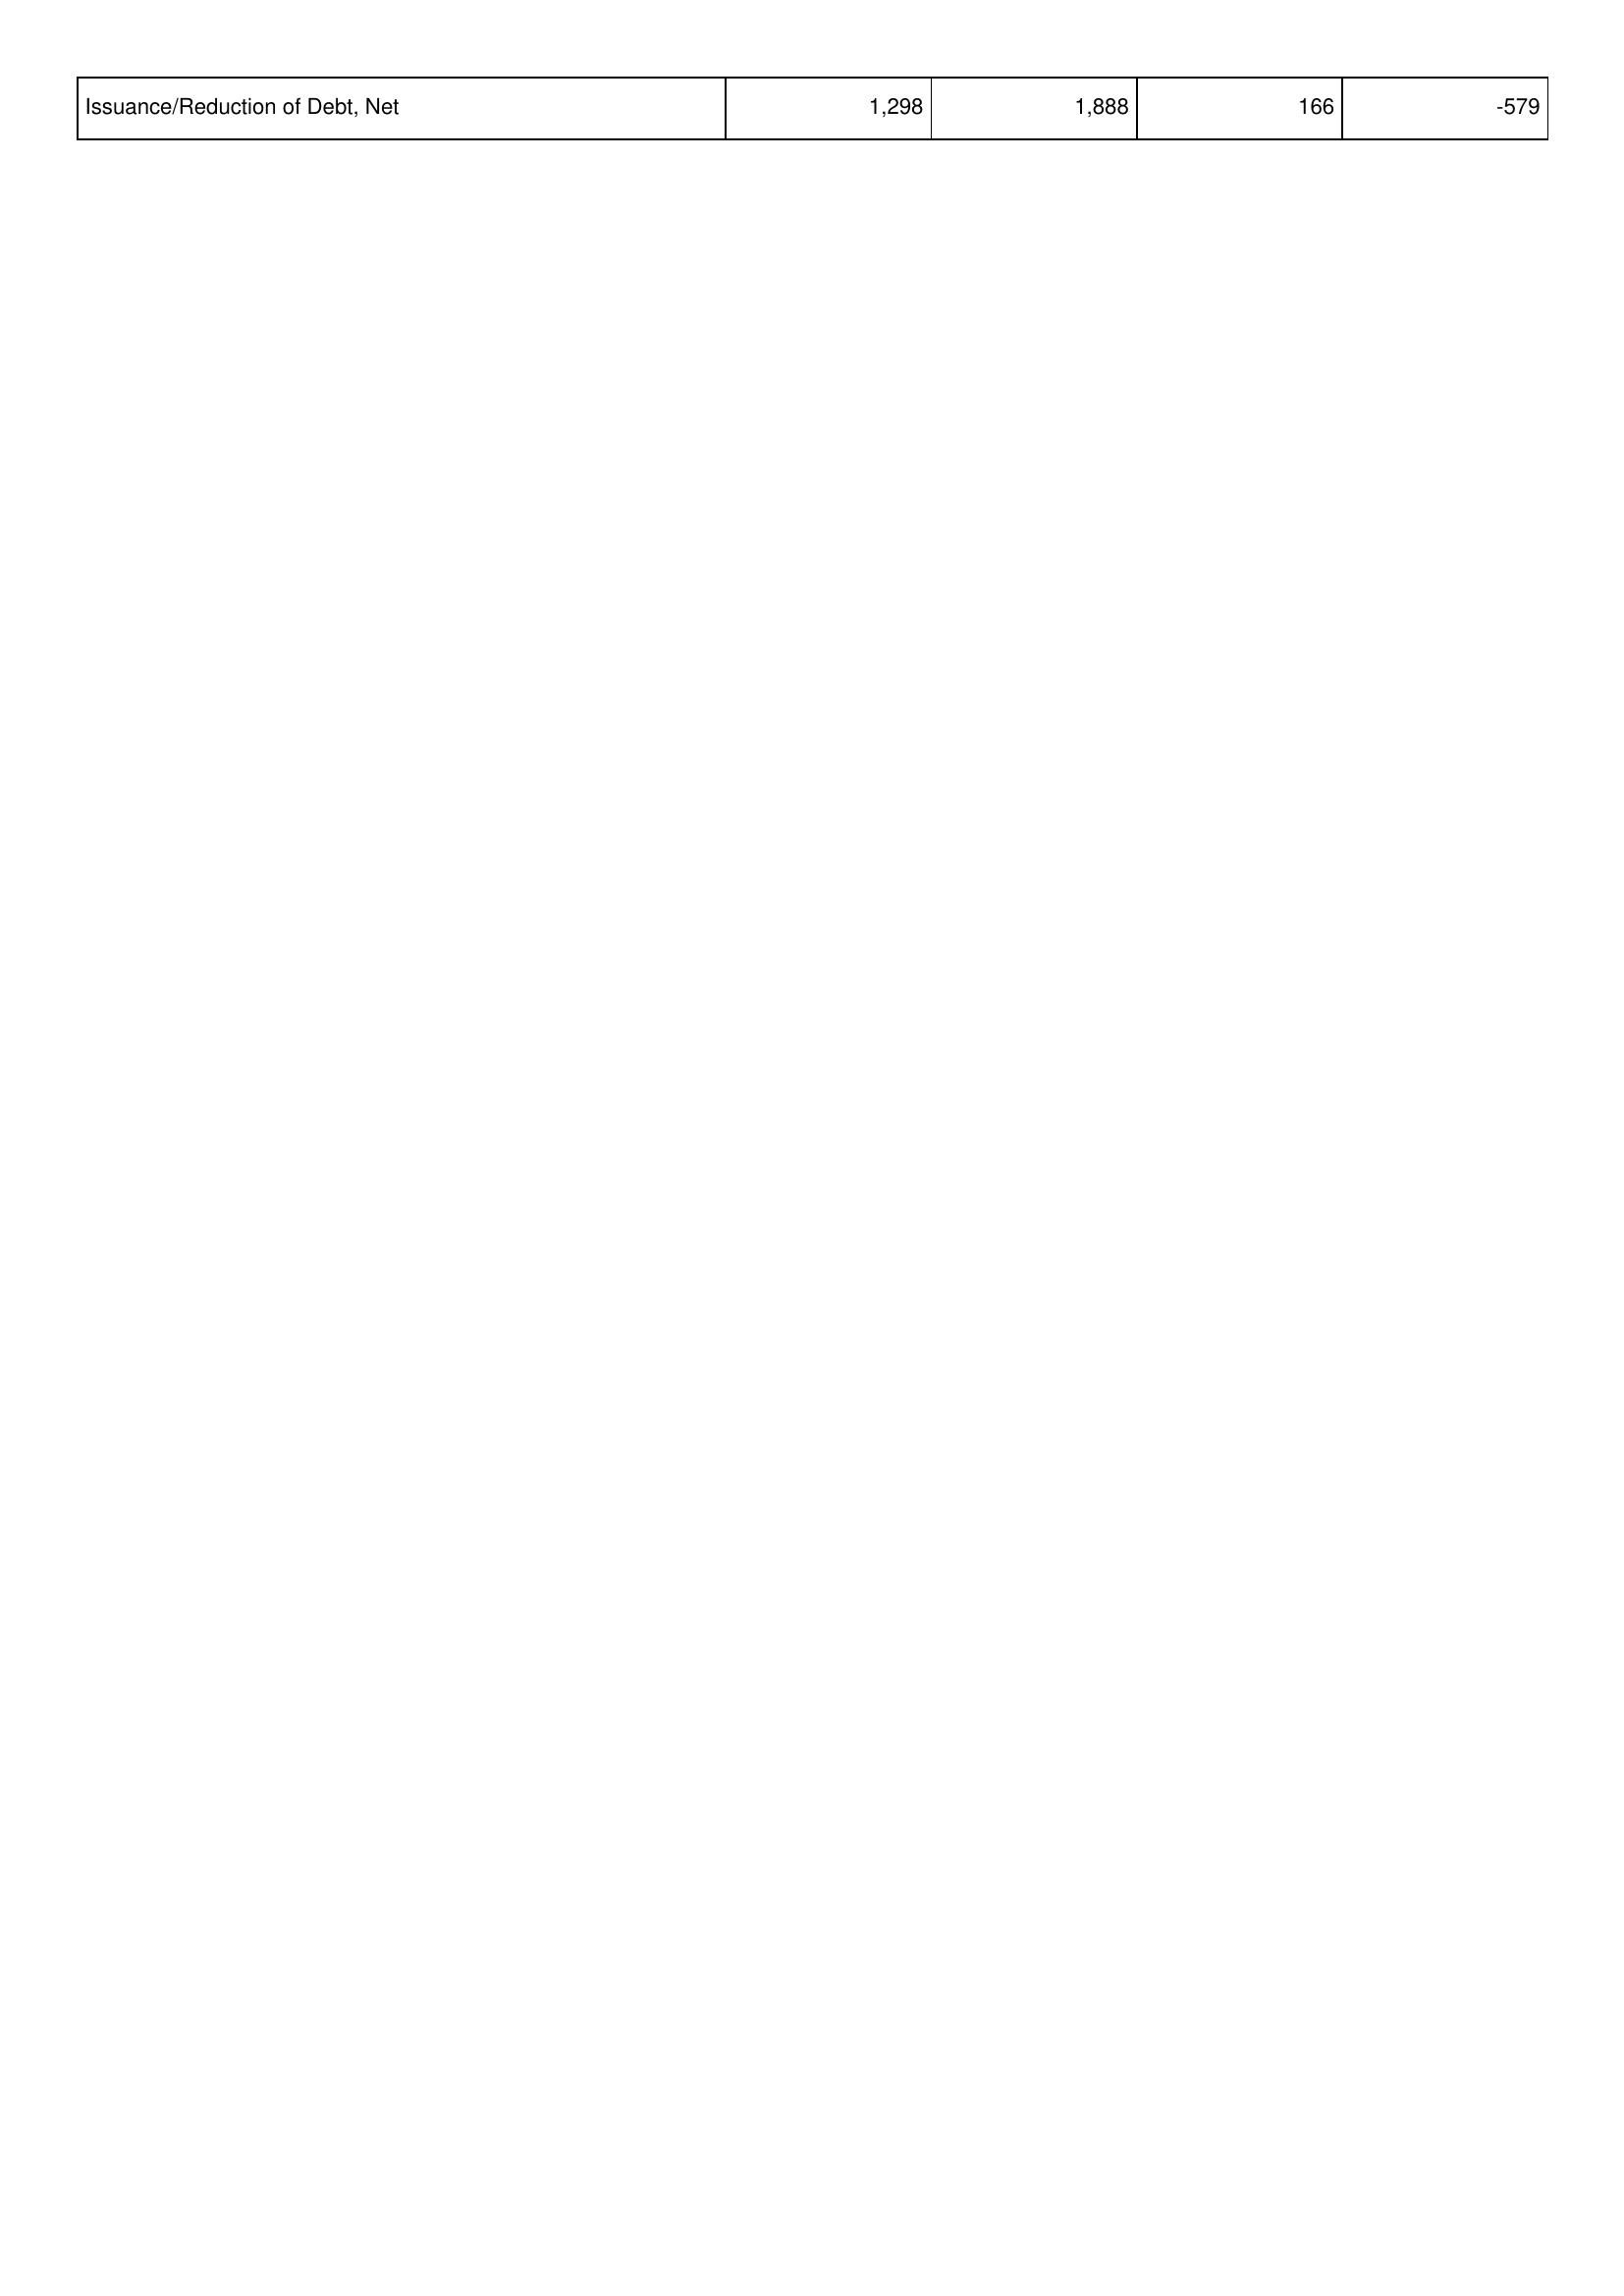
2023: Financing Activities: Issuance/Reduction of Debt, Net: 1,298
2022: Financing Activities: Issuance/Reduction of Debt, Net: 1,888
2021: Financing Activities: Issuance/Reduction of Debt, Net: 166
2020: Financing Activities: Issuance/Reduction of Debt, Net: -579